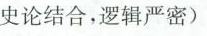
史论结合，逻辑严密)